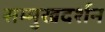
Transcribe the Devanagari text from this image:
सम्मुखदर्शन